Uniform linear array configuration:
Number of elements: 32
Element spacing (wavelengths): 0.75
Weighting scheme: blackman
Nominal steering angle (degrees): -60
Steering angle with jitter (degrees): -58.999
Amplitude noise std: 0.05
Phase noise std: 0.05

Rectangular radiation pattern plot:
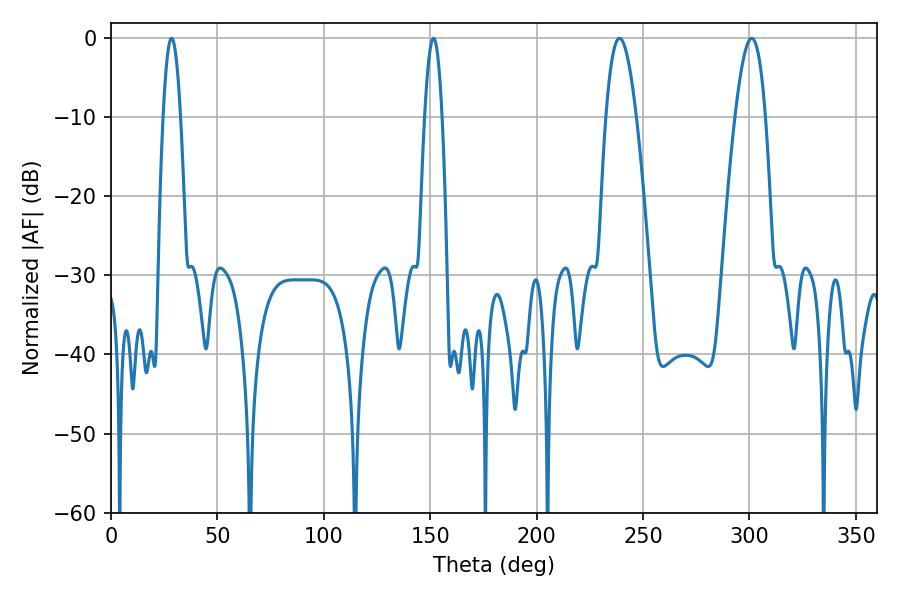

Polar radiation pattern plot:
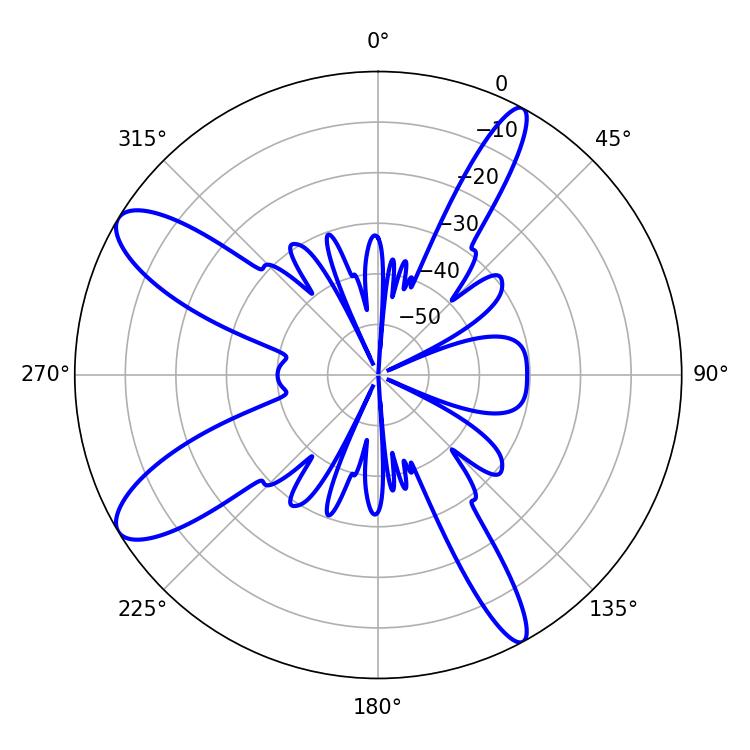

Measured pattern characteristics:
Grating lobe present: TRUE
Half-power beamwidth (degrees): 4.5
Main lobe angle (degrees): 28.44